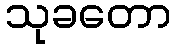
သုခတော